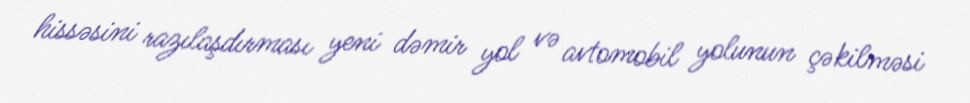
hissəsini razılaşdırması yeni dəmir yol və avtomobil yolunun çəkilməsi